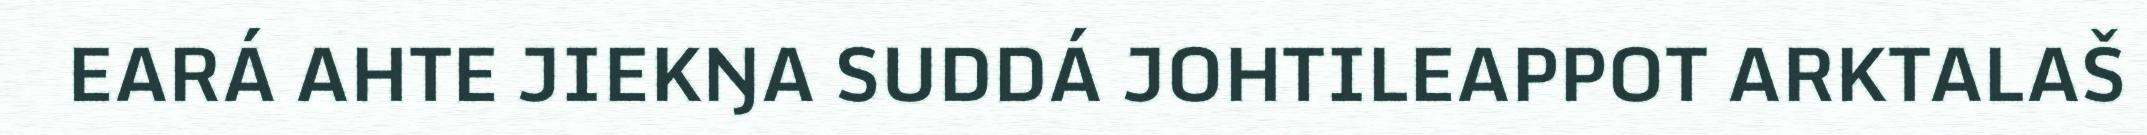
EARÁ AHTE JIEKŊA SUDDÁ JOHTILEAPPOT ARKTALAŠ